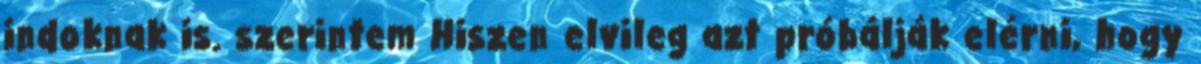
indoknak is. szerintem Hiszen elvileg azt próbálják elérni, hogy